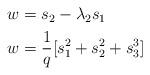
LaTeX: \begin{align*}\begin{aligned}w& = s_2 - \lambda_2s_1 \\w& = \frac {1} {q} [ s_1^2 + s_2^2 + s_3^3 ] \\\end{aligned}\end{align*}